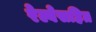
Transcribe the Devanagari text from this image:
रेल्वेसहित